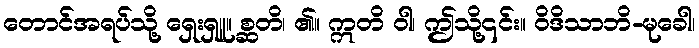
တောင်အရပ်သို့ ရှေးရှူ။ စ္ဆတိ၊ ၏။ ဣတိ ဝါ၊ ဤသို့၎င်း။ ဝိဒိသာဘိ-မုခေါ၊